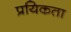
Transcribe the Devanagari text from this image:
प्रयिकता